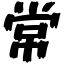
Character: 常